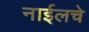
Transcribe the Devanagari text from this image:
नाईलचे